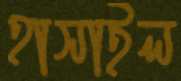
হাসাইল